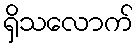
ရှိသလောက်